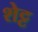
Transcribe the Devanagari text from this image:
शेट्ट